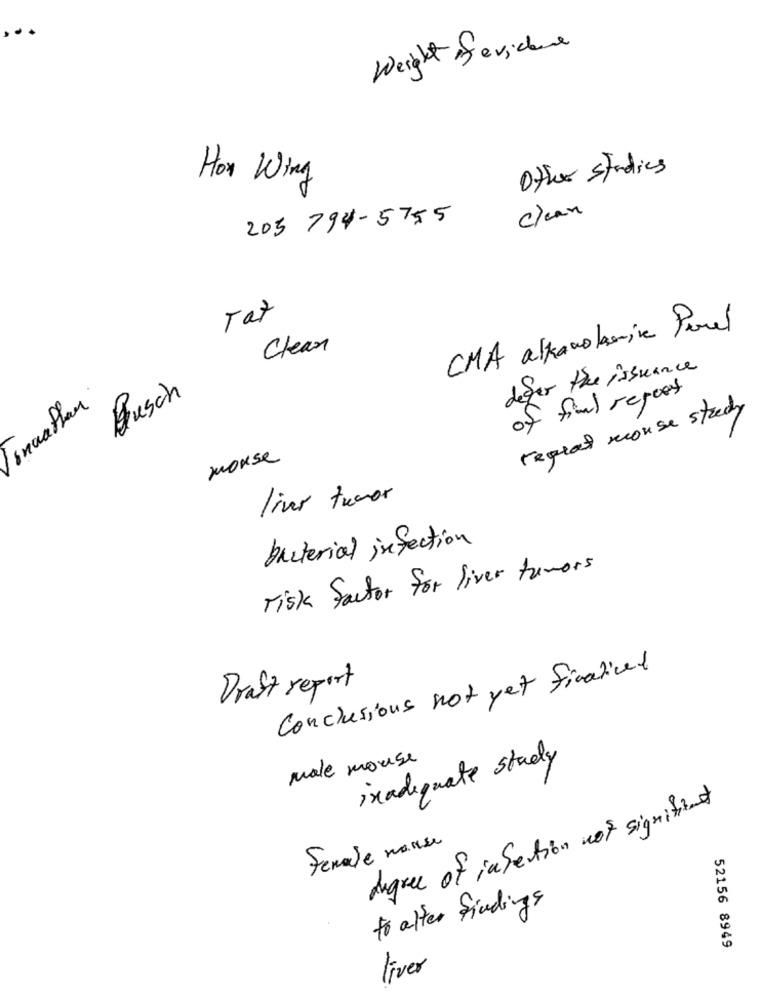
Weight of evicure
Other studies
Hox Wing
205 794-5755
clean
Tax
CMA alkanolamine Porel
Clean
defer the issuance
of final report
Busch
repeat mouse stredy
mouse
liver tumor
bacterial infection
risk factor for liver tumors
Conclusions not yet finalized
Draft report
male mouse
inadequate study
Angre of infection not signifient
Female manse
to alter findings
52156 8949
liver